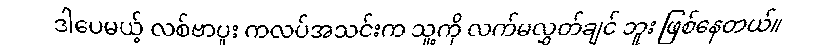
ဒါပေမယ့် လစ်ဗာပူး ကလပ်အသင်းက သူ့ကို လက်မလွှတ်ချင် ဘူး ဖြစ်နေတယ်။